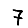
Digit: 7